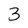
Character: 3